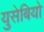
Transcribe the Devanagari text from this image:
युसेबियो